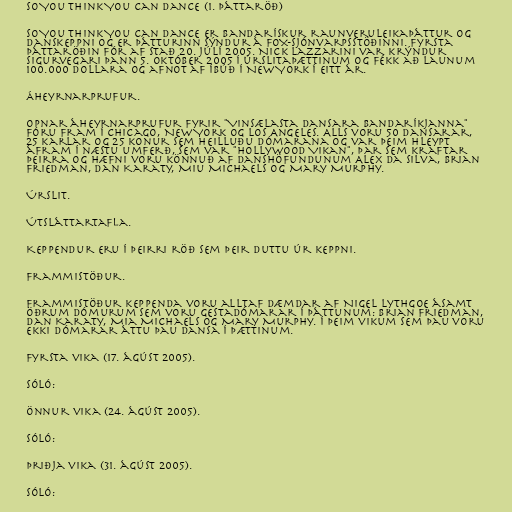
So You Think You Can Dance (1. þáttaröð)

So You Think You Can Dance er bandarískur raunveruleikaþáttur og
danskeppni og er þátturinn sýndur á FOX-sjónvarpsstöðinni. Fyrsta
þáttaröðin fór af stað 20. júlí 2005. Nick Lazzarini var krýndur
sigurvegari þann 5. október 2005 í úrslitaþættinum og fékk að launum
100.000 dollara og afnot af íbúð í New York í eitt ár.

Áheyrnarprufur.

Opnar áheyrnarprufur fyrir "Vinsælasta dansara Bandaríkjanna"
fóru fram í Chicago, New York og Los Angeles. Alls voru 50 dansarar,
25 karlar og 25 konur sem heilluðu dómarana og var þeim hleypt
áfram í næstu umferð, sem var "Hollywood Vikan", þar sem kraftar
þeirra og hæfni voru könnuð af danshöfundunum Alex Da Silva, Brian
Friedman, Dan Karaty, Miu Michaels og Mary Murphy.

Úrslit.

Útsláttartafla.

Keppendur eru í þeirri röð sem þeir duttu úr keppni.

Frammistöður.

Frammistöður keppenda voru alltaf dæmdar af Nigel Lythgoe ásamt
öðrum dómurum sem voru gestadómarar í þáttunum: Brian Friedman,
Dan Karaty, Mia Michaels og Mary Murphy. Í þeim vikum sem þau voru
ekki dómarar áttu þau dansa í þættinum.

Fyrsta vika (17. ágúst 2005).

Sóló:

Önnur vika (24. ágúst 2005).

Sóló:

Þriðja vika (31. ágúst 2005).

Sóló: